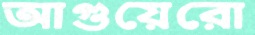
আগুয়েরো